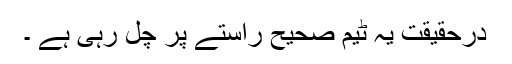
درحقیقت یہ ٹیم صحیح راستے پر چل رہی ہے ۔